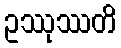
ဥဿုဿတိ